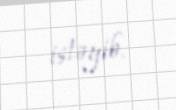
istəyib.